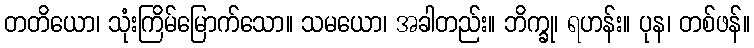
တတိယော၊ သုံးကြိမ်မြောက်သော။ သမယော၊ အခါတည်း။ ဘိက္ခု၊ ရဟန်း။ ပုန၊ တစ်ဖန်။